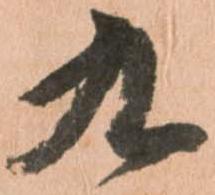
九